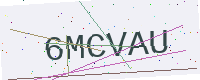
Text: 6MCVAU